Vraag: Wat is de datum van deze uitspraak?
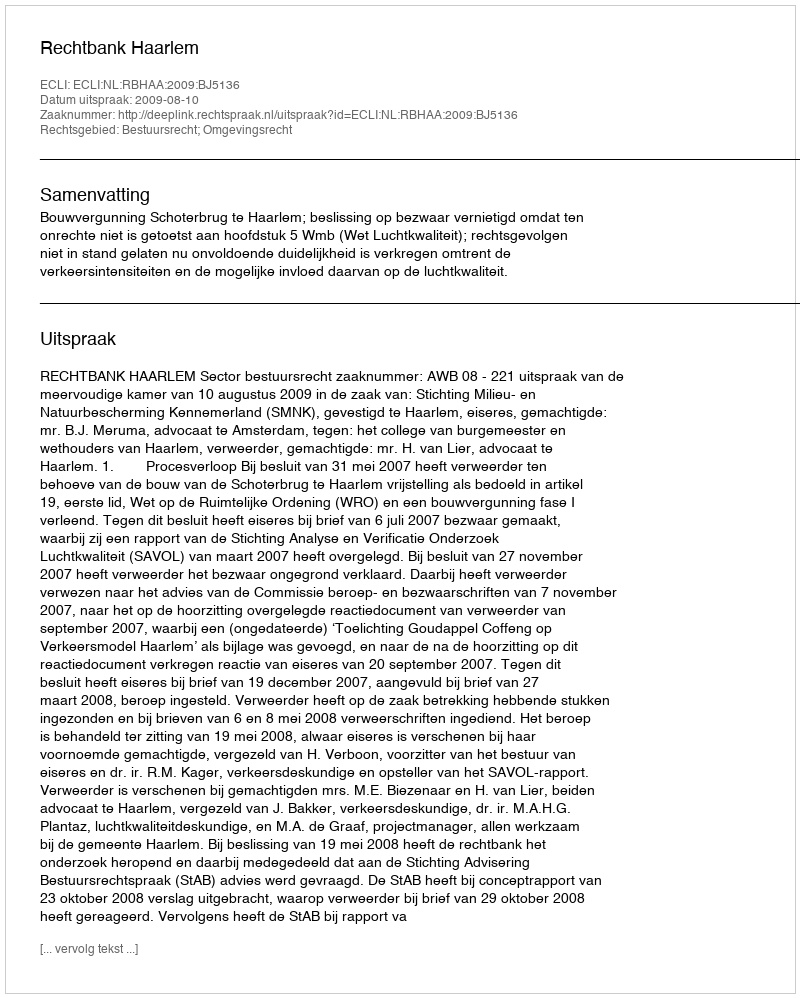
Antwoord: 2009-08-10